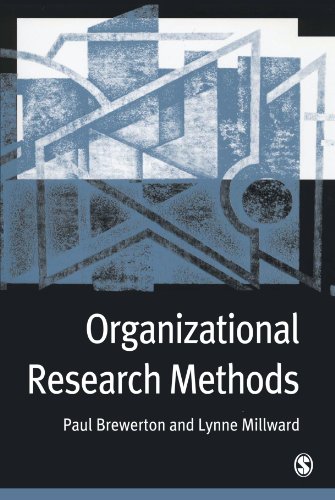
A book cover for Organizational Research Methods: A Guide for Students and Researchers; Paul M Brewerton; Medical Books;